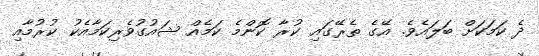
ދެ ކަމަކަށް ބަލައެވެ. އޭގެ ތެރޭގައި ކުރާ ކޮންމެ ކަމެއް ޝައުގުވެރިކަމާއެކު ކުރުމާއި